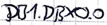
Text: DB1.DBX0.0